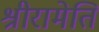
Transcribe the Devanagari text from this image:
श्रीरामेति